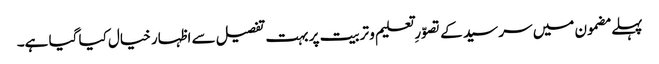
پہلے مضمون میں سر سید کے تصوّرِ تعلیم و تربیت پر بہت تفصیل سے اظہار خیال کیا گیا ہے۔